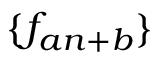
\{ f _ { a n + b } \}